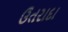
ઉતરાદા